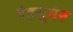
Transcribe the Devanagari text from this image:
देहसुमेरु